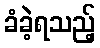
ခံခဲ့ရသည့်